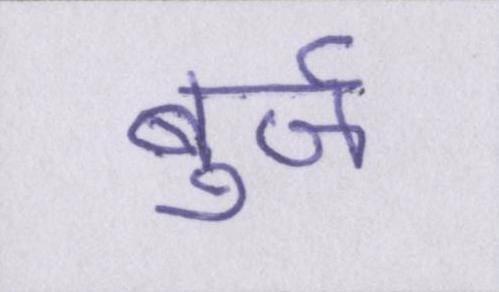
बुर्ज